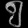
Digit: ၅